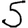
Digit: 5